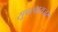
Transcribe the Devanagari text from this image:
सूपरवायजर